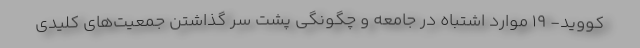
کووید- ۱۹ موارد اشتباه در جامعه و چگونگی پشت سر گذاشتن جمعیت‌های کلیدی